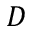
D